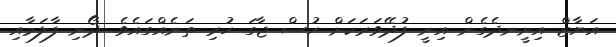
އަޔާޒް އިށީނދެގެން އިނީ ފުދޭވަރަކަށް ހުސް ޖާގަ ހުރި ތަނެއްގައެވެ. ދޯނި ފާލަމާއި